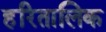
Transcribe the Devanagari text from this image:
हरितालिक